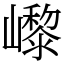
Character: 㠟